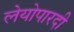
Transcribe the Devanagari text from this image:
लेयोपारदी